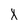
Character: X